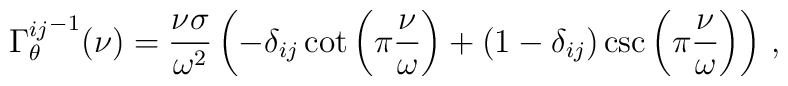
{\Gamma^{ij}_\theta}^{-1}(\nu) = \frac{\nu\sigma}{\omega^2}\left(-\delta_{ij} \cot\left(\pi\frac{\nu}{\omega}\right)+ \left(1 - \delta_{ij}\right) \csc\left(\pi\frac{\nu}{\omega}\right) \right) \,,